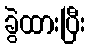
ခွဲထားပြီး